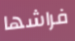
فراشها